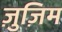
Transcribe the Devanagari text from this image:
ज़ुज़िम